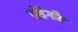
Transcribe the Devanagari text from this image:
घोडेगाँव